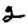
Digit: 2